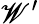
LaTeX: \mathscr{W}^{\prime}